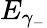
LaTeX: E_{\gamma_{-}}